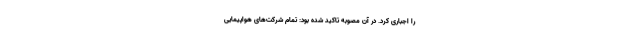
را اجباری کرد. در آن مصوبه تاکید شده بود: تمام شرکت‌های هواپیمایی